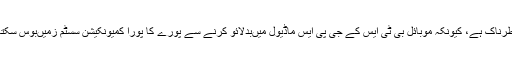
یہ خطرناک ہے، کیونکہ موبائل بی ٹی ایس کے جی پی ایس ماڈیول میںبدلائو کرنے سے پورے کا پورا کمیونکیشن سسٹم زمیںبوس سکتا ہے۔